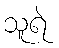
သူရဲ